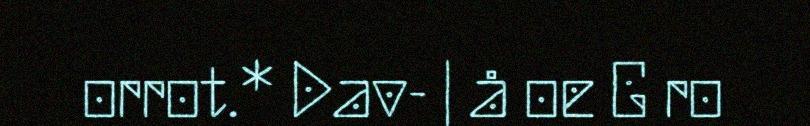
orrot.* Dav- | å oe G ro